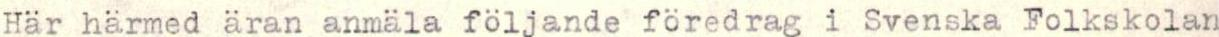
Här härmed äran anmäla följande föredrag i Svenska Folkskolan